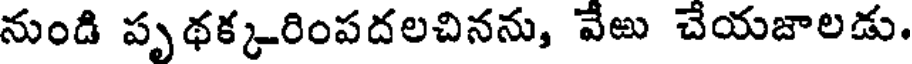
నుండి పృథక్కరింపదలచినను, వేఱు చేయజాలడు.